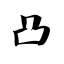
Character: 凸